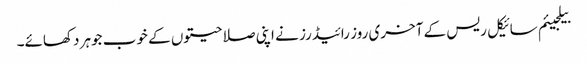
بیلجیئم سائیکل ریس کے آخری روز رائیڈرز نے اپنی صلاحیتوں کے خوب جوہر دکھائے۔